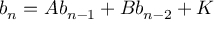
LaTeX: b _ { n } = A b _ { n - 1 } + B b _ { n - 2 } + K